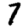
Digit: 7